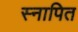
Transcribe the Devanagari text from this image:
स्नापित